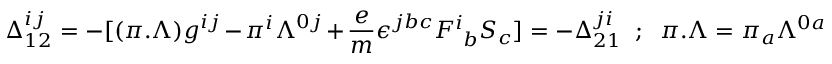
\Delta _ { 1 2 } ^ { i j } = - [ ( \pi . \Lambda ) g ^ { i j } - \pi ^ { i } \Lambda ^ { 0 j } + { \frac { e } { m } } \epsilon ^ { j b c } F _ { ~ b } ^ { i } S _ { c } ] = - \Delta _ { 2 1 } ^ { j i } ~ ~ ; ~ ~ \pi . \Lambda = \pi _ { a } \Lambda ^ { 0 a }